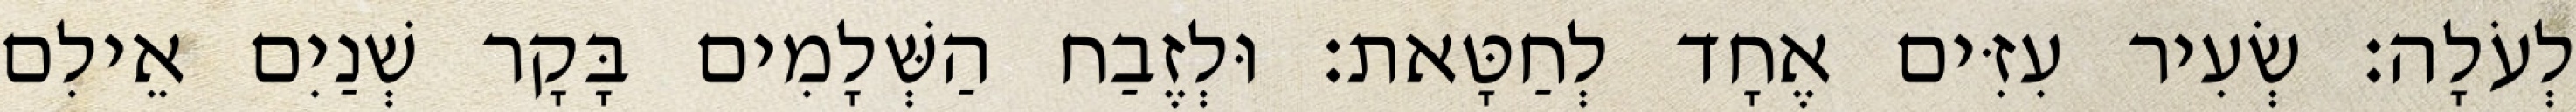
לְעֹלָה׃ שְׂעִיר עִזִּים אֶחָד לְחַטָּאת׃ וּלְזֶבַח הַשְּׁלָמִים בָּקָר שְׁנַיִם אֵילִם